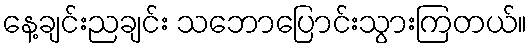
နေ့ချင်းညချင်း သဘောပြောင်းသွားကြတယ်။